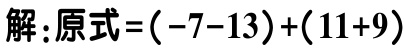
解：原式\(=(-7 - 13)+(11 + 9)\)